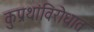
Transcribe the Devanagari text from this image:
कुप्रथांविरोधात